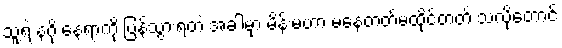
သူ့ရဲ့ နဂို နေရာကို ပြန်သွားရတဲ့ အခါမှာ မိန်းမဟာ မနေတတ်မထိုင်တတ် သလိုတောင်